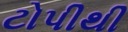
ટોપીથી